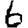
Digit: 6